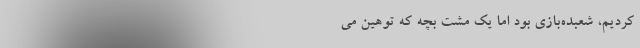
کردیم، شعبده‌بازی بود اما یک مشت بچه که توهین می‌‌‌‌‌‌‌‌‌‌‌‌‌‌‌‌‌